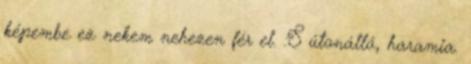
képembe ez nekem nehezen fér el. :S útonálló, haramia.